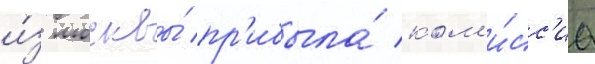
и́з москвы́ пр'ибыла́ ком'и́сс'иа